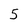
Character: 5